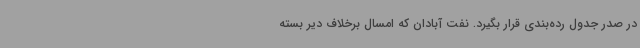
در صدر جدول رده‌بندی قرار بگیرد. نفت آبادان که امسال برخلاف دیر بسته